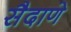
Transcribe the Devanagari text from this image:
सैदाणे